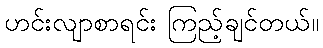
ဟင်းလျာစာရင်း ကြည့်ချင်တယ်။